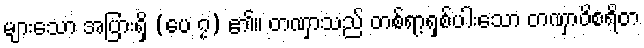
များသော အပြားရှိ (ပေ ၇) ၏။ တဏှာသည် တစ်ရာ့ရှစ်ပါးသော တဏှာဝိစရိတ